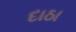
દાઠા